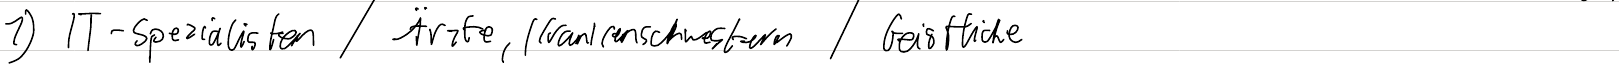
1) IT-Spezialisten / Ärzte, Krankenschwestern / Geistliche